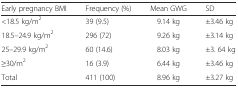
| Early pregnancy BMI | Frequency (%) | Mean GWG | SD |
 | --- | --- | --- | --- |
 | <18.5 kg/m2 | 39 (9.5) | 9.14 kg | ±3.46 kg |
 | 18.5–24.9 kg/m2 | 296 (72) | 9.26 kg | ±3.14 kg |
 | 25–29.9 kg/m2 | 60 (14.6) | 8.03 kg | ±3. 64 kg |
 | ≥30/m2 | 16 (3.9) | 6.44 kg | ±3.46 kg |
 | Total | 411 (100) | 8.96 kg | ±3.27 kg |